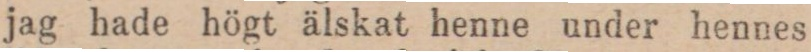
jag hade högt älskat henne under hennes